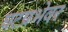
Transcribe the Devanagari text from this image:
घटप्रभेवर